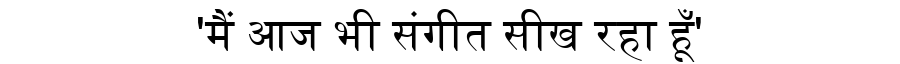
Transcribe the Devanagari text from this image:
'मैं आज भी संगीत सीख रहा हूँ'